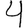
Digit: 4